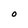
Character: O